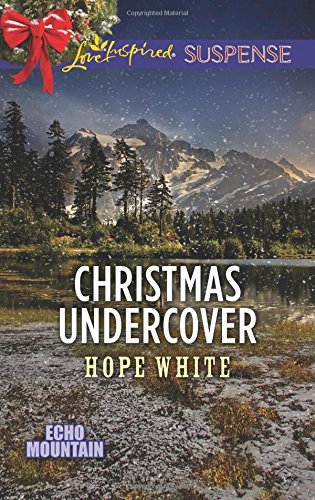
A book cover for Christmas Undercover (Echo Mountain); Hope White; Romance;